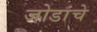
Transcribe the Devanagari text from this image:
जोडांचे